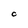
Character: C